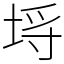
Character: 埓